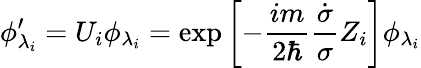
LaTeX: \phi_{\lambda_{i}}^{\prime}=U_{i}\phi_{\lambda_{i}}=\exp\left[-\frac{im}{2\hbar}\frac{\dot{\sigma}}{\sigma}Z_{i}\right]\phi_{\lambda_{i}}